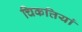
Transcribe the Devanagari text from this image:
चिकत्तियां